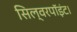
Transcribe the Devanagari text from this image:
सिल्वरपॉइंट।